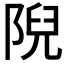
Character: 𨺙